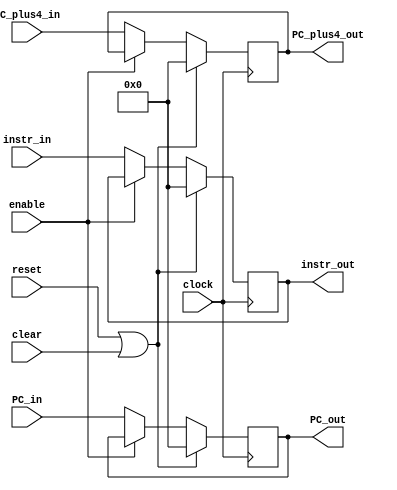
module DecodeReg (
    input clock, enable, clear, reset,
    input [31:0] instr_in, PC_in, PC_plus4_in,
    output reg [31:0] instr_out, PC_out, PC_plus4_out
);

    initial begin
        {instr_out, PC_out, PC_plus4_out} = 96'b0;
    end
    
    always @(posedge clock) begin
        if(reset || clear)
            {instr_out, PC_out, PC_plus4_out} = 96'b0;
        else if(enable == 1'b1) begin
            instr_out = instr_out;
            PC_out = PC_out;
            PC_plus4_out = PC_plus4_out;
        end 
        else begin
            instr_out = instr_in;
            PC_out = PC_in;
            PC_plus4_out = PC_plus4_in;
        end
    end
endmodule